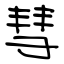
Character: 彗